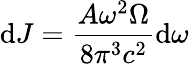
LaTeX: \mathrm{d}J=\frac{A\omega^{2}\Omega}{8\pi^{3}c^{2}}\mathrm{d}\omega